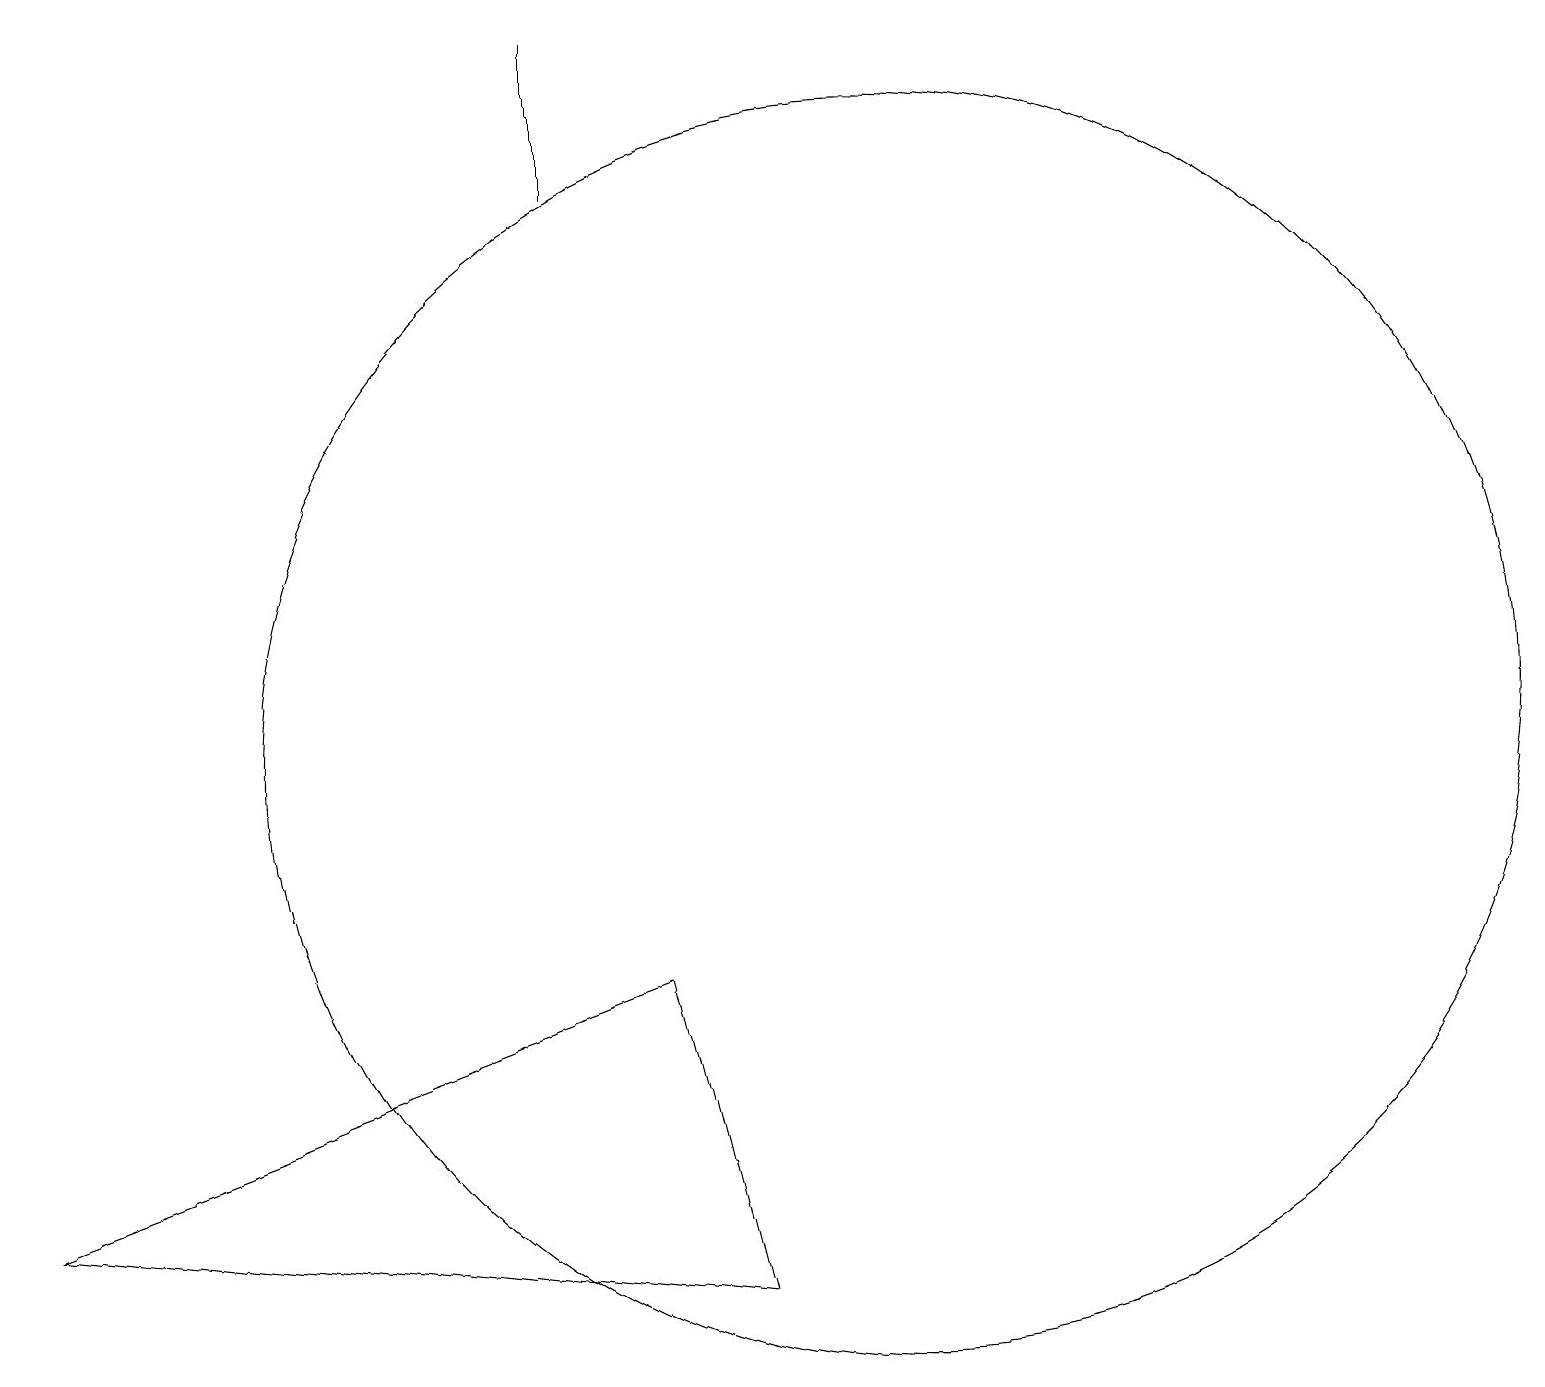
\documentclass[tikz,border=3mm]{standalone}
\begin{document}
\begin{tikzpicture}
\draw (8,7) -- (0,4) -- (9,3) -- cycle;
\draw (11,10) circle (8);
\draw (7,19) rectangle (7,17);
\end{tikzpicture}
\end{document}